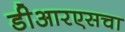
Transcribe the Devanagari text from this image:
डीआरएसचा